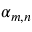
\alpha _ { m , n }